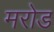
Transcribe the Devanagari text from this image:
मरोड